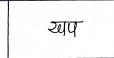
मजकूर: खप